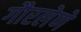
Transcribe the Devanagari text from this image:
गौरलेणे